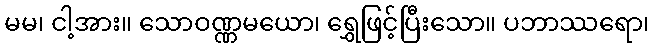
မမ၊ ငါ့အား။ သောဝဏ္ဏမယော၊ ရွှေဖြင့်ပြီးသော။ ပဘာဿရော၊